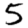
Digit: 5